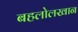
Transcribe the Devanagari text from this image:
बहलोलखान